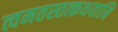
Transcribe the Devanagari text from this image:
त्वमतस्तत्कथयामि